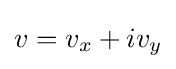
v=v_{x}+iv_{y}